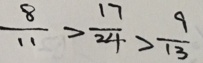
\frac { 8 } { 1 1 } > \frac { 1 7 } { 2 4 } > \frac { 9 } { 1 3 }